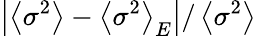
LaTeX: \left|\left\langle\sigma^{2}\right\rangle-\left\langle\sigma^{2}\right\rangle_{E}\right|/\left\langle\sigma^{2}\right\rangle